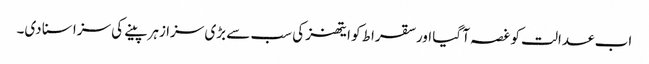
اب عدالت کو غصہ آ گیا اور سقراط کو ایتھنز کی سب سے بڑی سزا زہر پینے کی سزا سنا دی۔